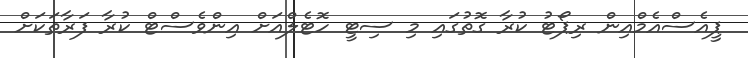
ޕީއެސްއެމްއިން ރިޕޯޓު ކުރާ ގޮތުގައި މި ސިޓީ ހޮޓެލްއަށް އިންވެސްޓް ކުރާ ފަރާތަކަށް